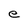
Character: e